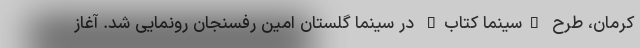
کرمان، طرح "سینما کتاب" در سینما گلستان امین رفسنجان رونمایی شد. آغاز